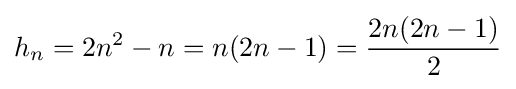
h_{n}=2n^{2}-n=n(2n-1)={\frac {2n(2n-1)}{2}}